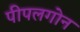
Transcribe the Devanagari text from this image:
पीपलगोन